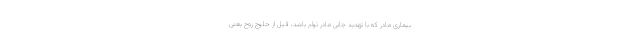
بیماری مادر که با تهدید جانی مادر توام باشد، قبل از حلوج روح یعنی